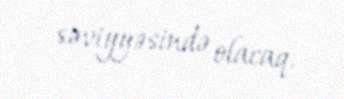
səviyyəsində olacaq.